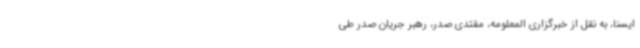
ایسنا، به نقل از خبرگزاری المعلومه، مقتدی صدر، رهبر جریان صدر طی